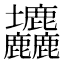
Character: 𡔙